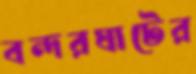
বন্দরঘাটের